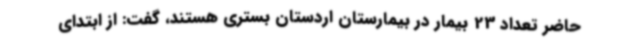
حاضر تعداد 23 بیمار در بیمارستان اردستان بستری هستند، گفت: از ابتدای